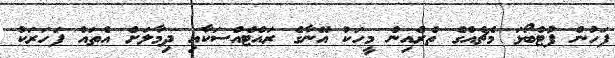
ފަހުން ފުޓްބޯޅަ މެޗެއްގެ ތެރެއިން މީހަކު އޭނާގެ ރައްޓެއްސަކާއި ދިމާލަށް އެތައް ފަހަރަކު